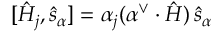
[ \hat { H } _ { j } , \hat { s } _ { \alpha } ] = \alpha _ { j } ( \alpha ^ { \vee } \cdot \hat { H } ) \thinspace \hat { s } _ { \alpha }